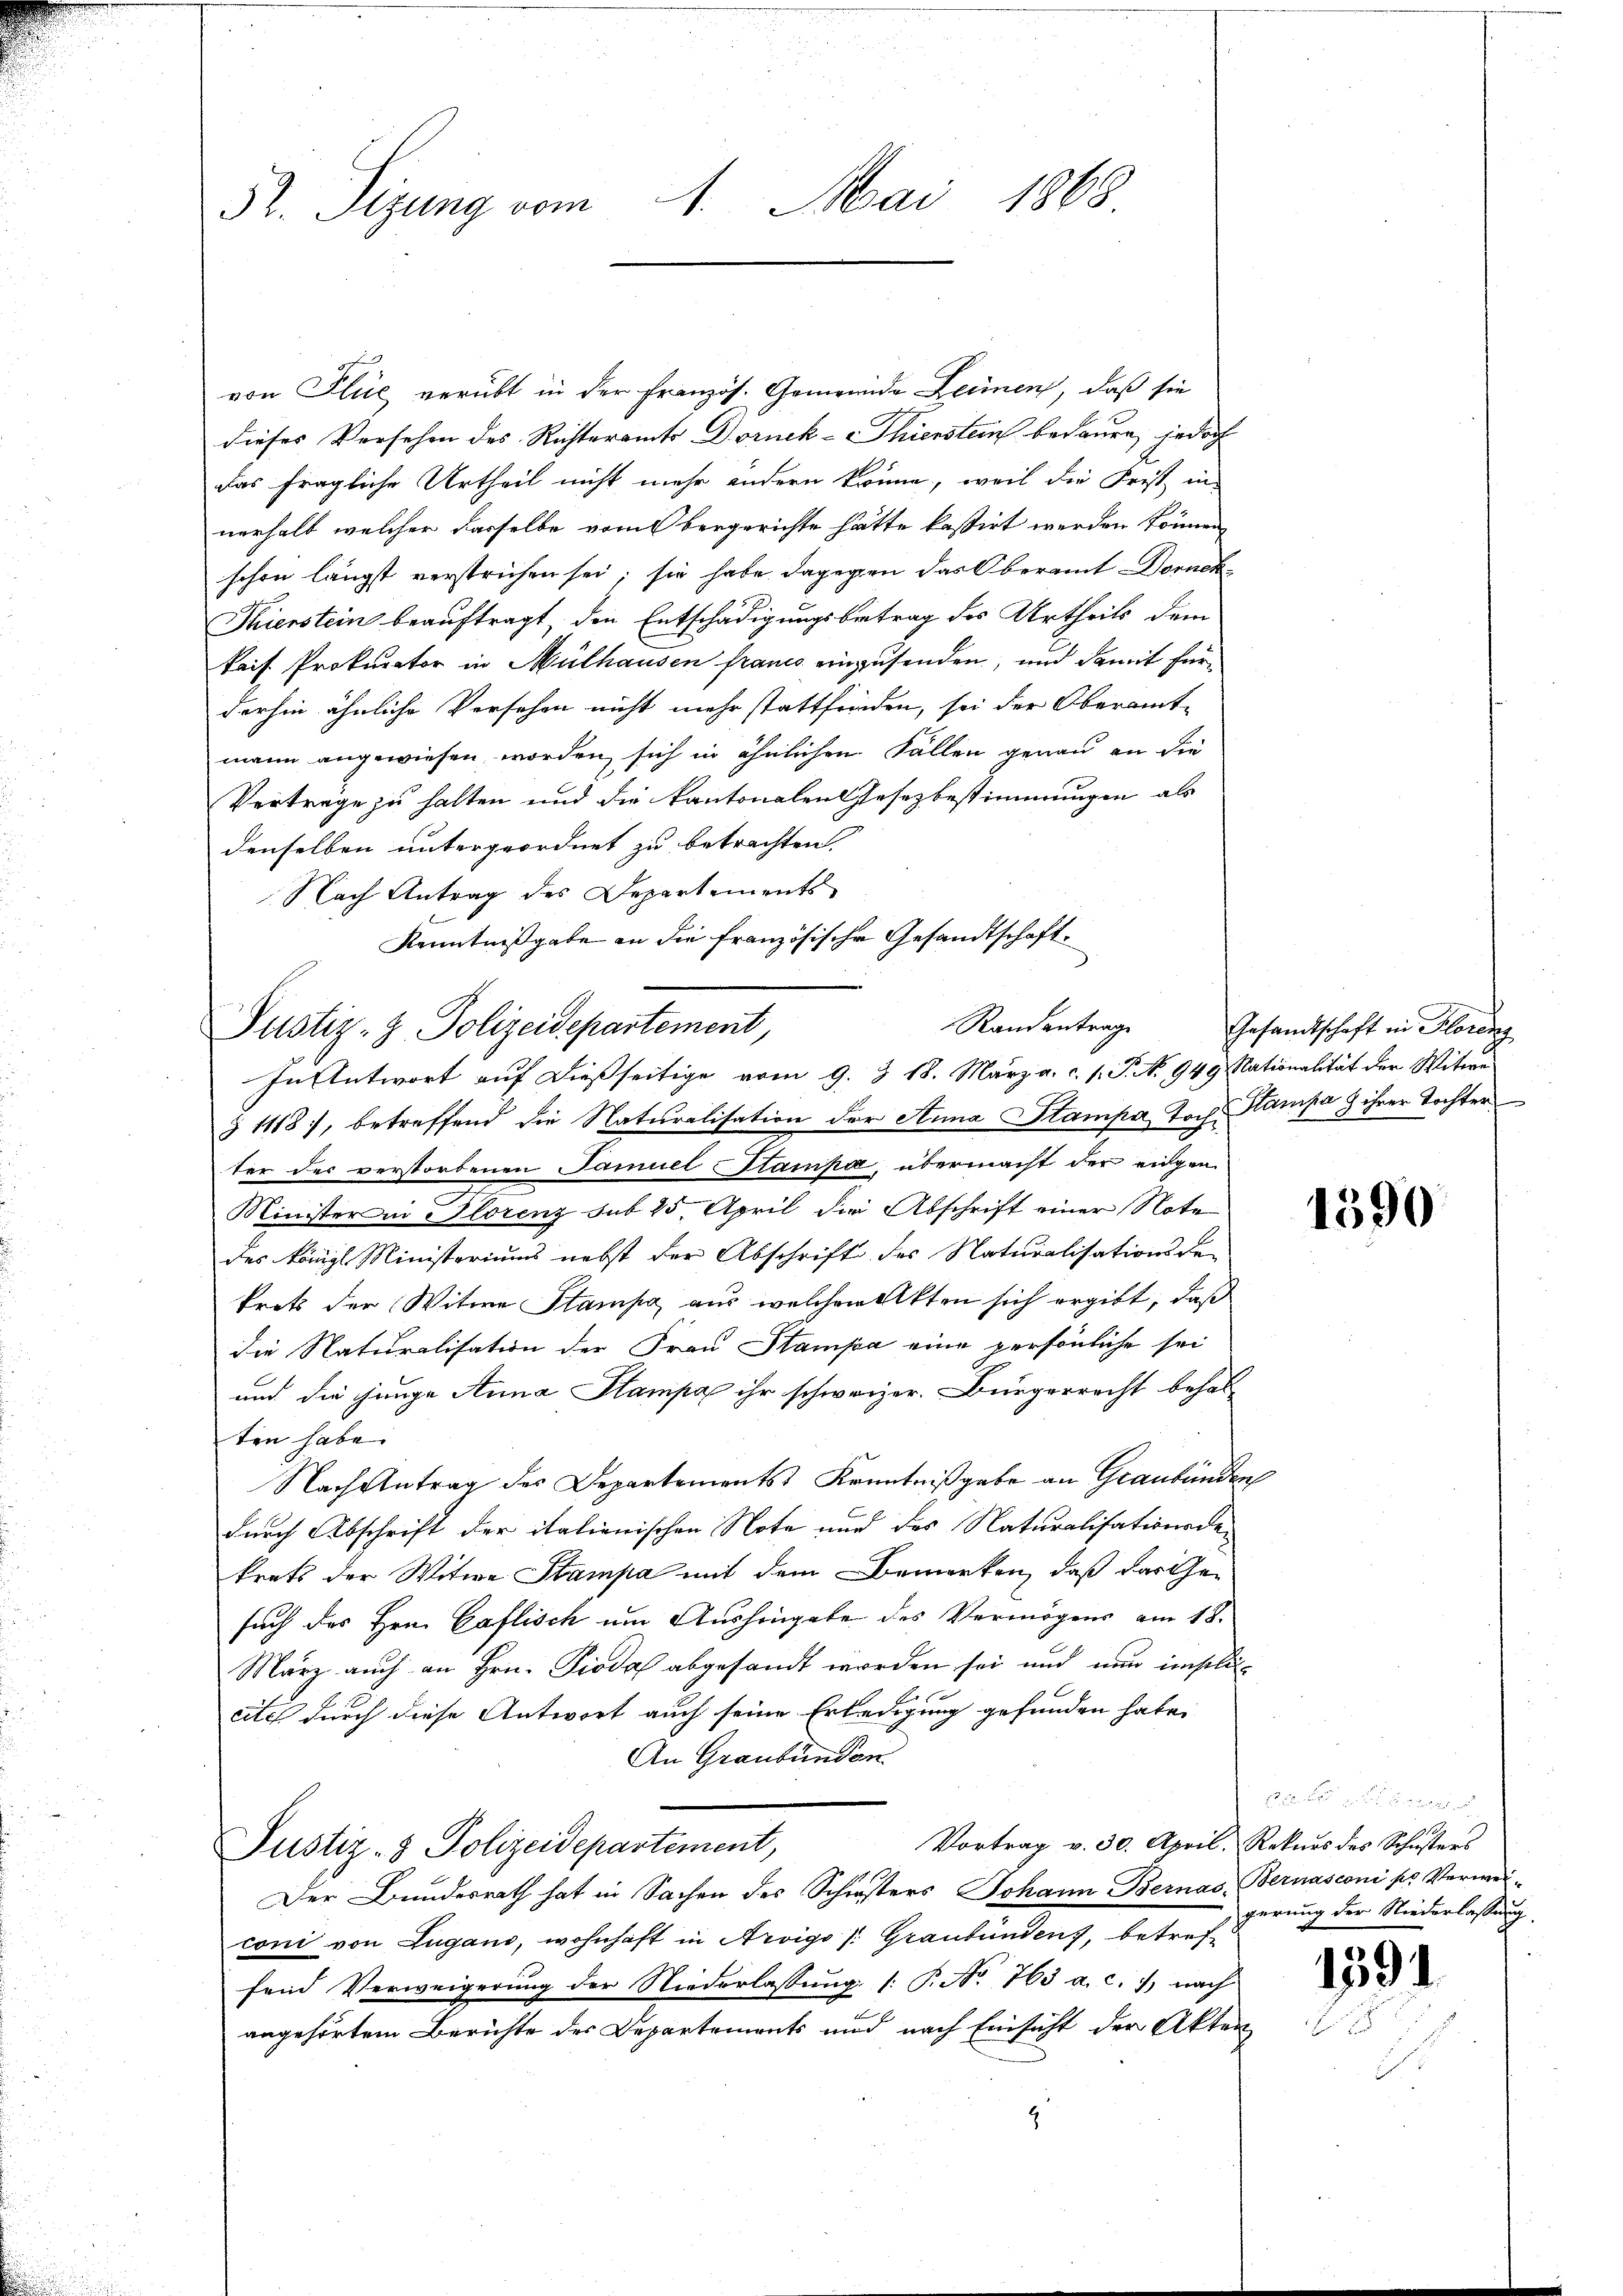
52. Sizung vom 4. Mai 1868.

von Flüe, verübt in der Französ. Gemeinde Leimen, daß sie
dieses Versehen des Richteramts Dornek-Thierstein bedauen, jedoch
das fragliche Urtheil nicht mehr ändern könne, weil die Frist in
nerhalb, welcher dasselbe vom bergerichte hätte kassirt werden können,
schon längst verstrichen sei; sie habe dagegen das Oberamt Dornek
Thierstein beauftragt, den Entschädigungsbetrag des Urtheils dem
kais. Prokurator in Mülhausen franco einzusenden, und damit fürderhin ähnliche Versehen nicht mehr stattfinden, sei der Oberamtmann angewiesen worden, sich in ähnlichen Fällen genau an die
Verträge zu halten und die Kantonalen Gesezbestimmungen als
denselben untergeordnet zu betrachten.
Nach Antrag des Departements
Kenntnißgabe an die französische Gesandtschaft¬
Randantrage
Pustiz- & Polizeidepartement,

In Antwort auf dießseitige vom 9. J. 18. März a. c. 1. P. No 949 Nationalität der Witwe

§ 1118), betreffend die Naturalisation der Anna Stampa, Toch. Stampa & ihrer Tochter
ter des verstorbenen Samuel Stampa, übermacht der eidgen
Minister in Florenz sub 25. April die Abschrift einer Note
des Königl. Ministeriums nebst der Abschrift des Naturalisationsde-
trats der Witwe Stampe aus welchem Akten sich ergibt, daß
die Naturalisation der Frau Stampa eine persönliche sei
und die junge Anna Stampa ihr schweizer. Bürgerrecht behal-
ten habe.
Nach Antrag des Departements Kenntnißgabe an Graubünden
durch Abschrift der italienischen Note und des Naturalisationsde
krats der Witwe Stampa mit dem Bemerken, daß das Gesuch des Hrn. Caflisch um Aushingabe des Vermögens am 18.
März auch an Hrn. Pioda abgesandt worden sei und nun imstlicitel durch diese Antwort auch seine Erledigung gefunden habe.
An Graubünden.
Vortrag v. 30. April, Rekurs des Schusters
Justiz- & Polizeidepartement,
Der Bundesrath hat in Sachen des Schwesters Johann Bernas, Bernasconi ss Verweiconi von Lugano, wohnhaft in Arvigo /: Graubünden, betreffend Verweigerung der Niederlassung (: P. No. 763 a. c. 7 nach
x
angehörtem Berichte des Departements und nach Einsicht der Akten
z

Gesandtschaft in Florenz

1590

gerung der Niederlassung.

1591